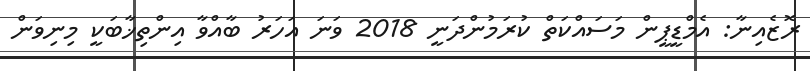
ރޮޒެއިނާ: އެމްޑީޕީން މަސައްކަތް ކުރަމުންދަނީ 2018 ވަނަ އަހަރު ބާއްވާ އިންތިޚާބަކީ މިނިވަން